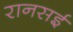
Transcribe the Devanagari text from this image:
रानसई